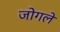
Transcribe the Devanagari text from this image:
जोगले